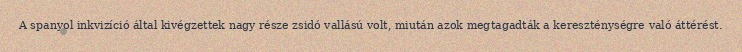
A spanyol inkvizíció által kivégzettek nagy része zsidó vallású volt, miután azok megtagadták a kereszténységre való áttérést.